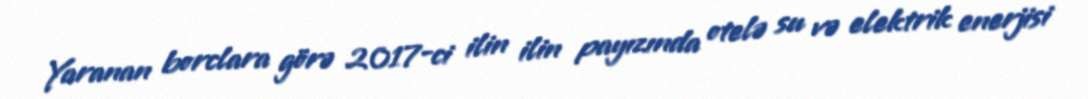
Yaranan borclara görə 2017-ci ilin ilin payızında otelə su və elektrik enerjisi